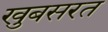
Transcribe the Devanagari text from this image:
खुबसरत